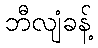
ဘီလျံခန့်